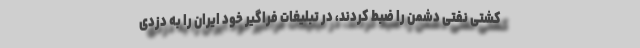
کشتی نفتی دشمن را ضبط کردند، در تبلیغات فراگیر خود ایران را به دزدی